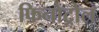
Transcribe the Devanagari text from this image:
फिनोट्रोल